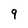
Character: 9